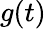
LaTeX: g(t)